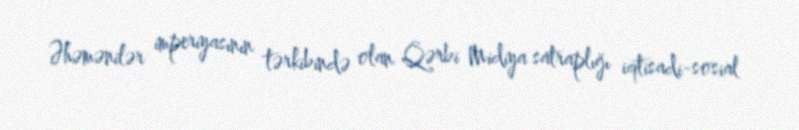
Əhəmənilər imperiyasının tərkibində olan Qərbi Midiya satraplığı iqtisadi-sosial